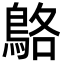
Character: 鴼